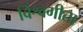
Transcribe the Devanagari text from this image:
विश्वगीता